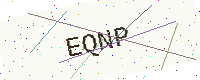
Text: EQNP